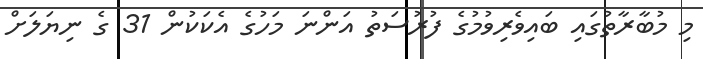
މި މުބާރާތުގައި ބައިވެރިވުމުގެ ފުރުސަތު އަންނަ މަހުގެ އެކަކުން 31 ގެ ނިޔަލަށް